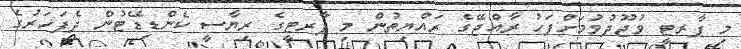
މި ޕާރޓީ ވުޖޫދުވުމަށްފަހު ރާއްޖޭގެ ރައްޔިތުން މި ޕާރޓީގެ ރިޔާސީ ކެންޑިޑޭޓުން ދެފަހަރުގެ